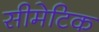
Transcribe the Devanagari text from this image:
सीमेटिक